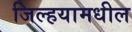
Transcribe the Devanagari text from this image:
जिल्हयामधील